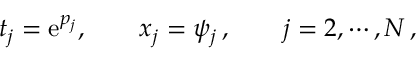
t _ { j } = \mathrm { e } ^ { p _ { j } } , \qquad x _ { j } = \psi _ { j } \, , \qquad j = 2 , \cdots , N \, ,